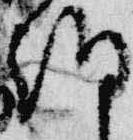
朝